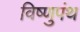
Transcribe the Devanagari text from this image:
विष्णुपंथ